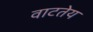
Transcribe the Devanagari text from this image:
वाटतेय